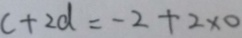
c + 2 d = - 2 + 2 \times 0